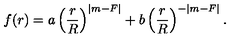
f ( r ) = a \left( \frac { r } { R } \right) ^ { | m - F | } + b \left( \frac { r } { R } \right) ^ { - | m - F | } .